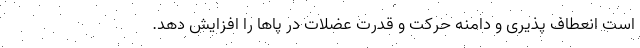
است انعطاف پذیری و دامنه حرکت و قدرت عضلات در پاها را افزایش دهد.